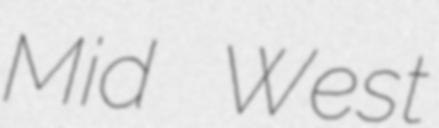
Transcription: Mid West